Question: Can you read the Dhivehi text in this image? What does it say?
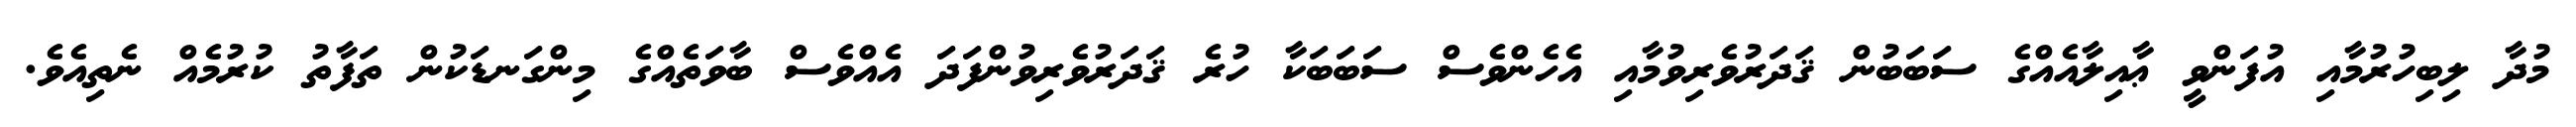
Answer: މުދާ ލިބިހުރުމާއި އުފަންވީ ޢާއިލާއެއްގެ ސަބަބުން ޤަދަރުވެރިވުމާއި އެހެންވެސް ސަބަބަކާ ހުރެ ޤަދަރުވެރިވުންފަދަ އެއްވެސް ބާވަތެއްގެ މިންގަނޑަކުން ތަފާތު ކުރުމެއް ނެތިއެވެ.